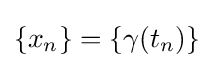
\{x_{n}\}=\{\gamma (t_{n})\}